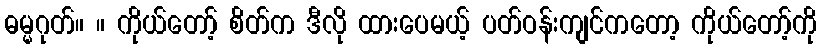
ဓမ္မဂုတ်။ ။ ကိုယ်တော့် စိတ်က ဒီလို ထားပေမယ့် ပတ်ဝန်းကျင်ကတော့ ကိုယ်တော့်ကို